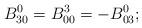
LaTeX: \begin{align*}B^0_{30}=B^3_{00}=-B^0_{03};\end{align*}